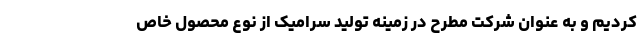
کردیم و به عنوان شرکت مطرح در زمینه تولید سرامیک از نوع محصول خاص